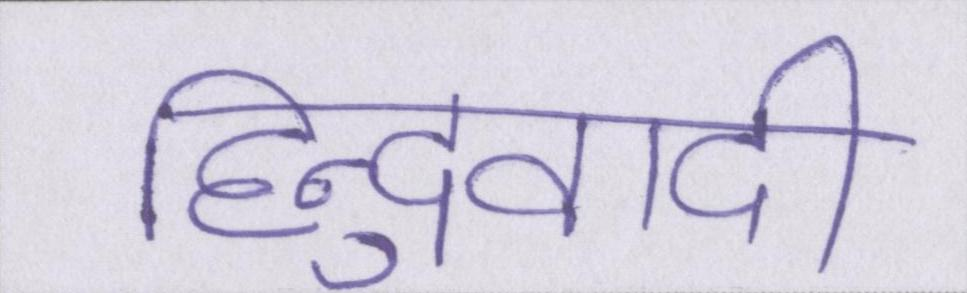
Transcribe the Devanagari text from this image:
हिन्दुवादी